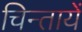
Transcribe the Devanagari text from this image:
चिन्तायें